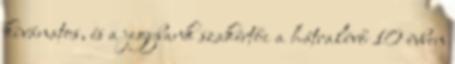
kívánatos, és a jegybank szakértői a hátralévő 10 évben